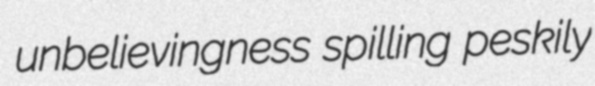
unbelievingness spilling peskily